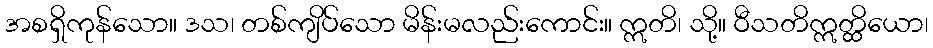
အစရှိကုန်သော။ ဒသ၊ တစ်ကျိပ်သော မိန်းမလည်းကောင်း။ ဣတိ၊ သို့။ ဝီသတိဣတ္ထိယော၊